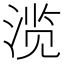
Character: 𰜐